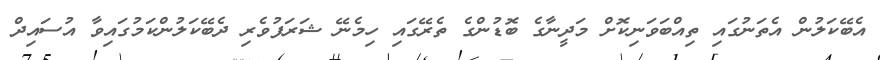
އެބޭކަލުން އެތަނުގައި ތިއްބަވަނިކޮށް މަދީނާގެ ބޮޑުންގެ ތެރޭގައި ހިމެނޭ ޝަރަފުވެރި ދެބޭކަލުންކަމުގައިވާ އުސައިދް